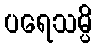
ပရေသမ္ပိ